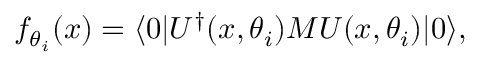
f _ { \theta _ { i } } ( x ) = \langle 0 | U ^ { \dagger } ( x , \theta _ { i } ) { M } U ( x , \theta _ { i } ) | 0 \rangle ,